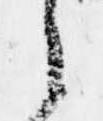
之